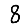
Digit: 8